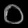
Digit: ၀